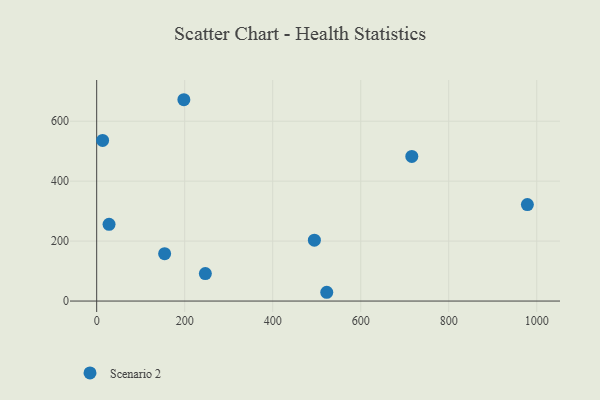
{"axis": {"x": "Speed", "y": "Salary"}, "legend": ["Scenario 2"], "data": [{"x": "978.7", "y": 321.7, "type": "Scenario 2"}, {"x": "13.5", "y": 535.9, "type": "Scenario 2"}, {"x": "28.1", "y": 255.8, "type": "Scenario 2"}, {"x": "154.4", "y": 157.9, "type": "Scenario 2"}, {"x": "494.7", "y": 203.1, "type": "Scenario 2"}, {"x": "198.1", "y": 671.6, "type": "Scenario 2"}, {"x": "246.9", "y": 91.8, "type": "Scenario 2"}, {"x": "716.1", "y": 482.5, "type": "Scenario 2"}, {"x": "522.8", "y": 29.3, "type": "Scenario 2"}]}